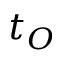
t _ { O }